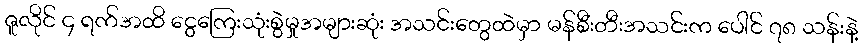
ဇူလိုင် ၄ ရက်အထိ ငွေကြေးသုံးစွဲမှုအများဆုံး အသင်းတွေထဲမှာ မန်စီးတီးအသင်းက ပေါင် ၇၈ သန်းနဲ့